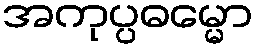
အကုပ္ပဓမ္မော